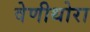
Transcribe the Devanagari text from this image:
वेणीथोरा